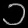
Digit: ၁